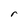
Character: r